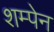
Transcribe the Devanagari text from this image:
शम्पेन